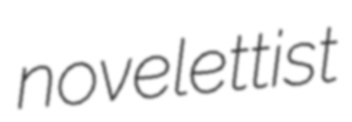
novelettist